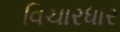
વિચારધાર